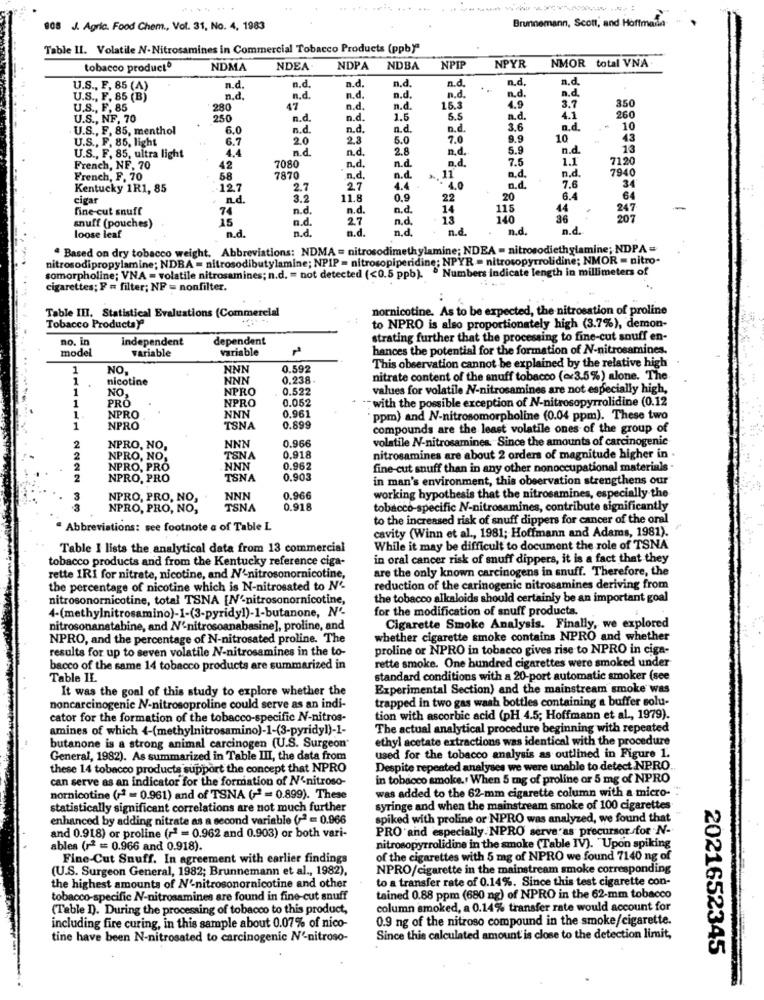
Brunnemann, Scott, and Hoffmanla
808 J. Agric. Food Chem ., Vol. 31, No. 4, 1983
Table II. Volatile N-Nitrosamines in Commercial Tobacco Products (ppby"
NMOR total VNA
tobacco producto
NDMA
NDEA
NDPA
NDBA
NPI
NPYR
a.d.
n.d.
n.d.
n.d.
a.d.
U.S ., F, 85 (A)
n.d.
n.d
n.d.
n.d.
U.S ., F. 85 (B)
n.d.
n.d.
n.d.
n.d.
n.d.
4.9
3.7
350
U.S ., F, 85
280
47
n.d.
n.d.
15.3
U.S ., NF. 70
250
n.d.
n.d.
1.5
5.5
n.d.
4.1
260
U.S ., F. 85, menthol
6.0
n.d.
n.d.
n.d.
n.d.
3.6
n.d.
10
U.S ., F. 85, light
6.7
2.0
2.8
5.0
7.0
9.9
10
43
4.4
n.d.
n.d.
2.8
n.d.
5.9
n.d.
13
U.S ., F. 85, ultra light
n.d.
7.5
1.1
7120
French, NF, 70
42
7080
n.d.
n.d.
7940
French, F, 70
58
7870
n.d
n.d.
11
n.d.
n.d.
Kentucky 1R1, 85
127
2.7
27
4.4
4.0
n.d
7.6
34
cigar
n.d.
3.2
11.8
0.9
22
20
6.4
64
fine cut snuff
74
n.d.
n.d.
n.d.
14
115
44
247
15
n.d.
2.7
n.d.
13
140
36
207
snuff (pouches)
n.d.
n.d.
n.d
n.d.
n.d.
n.d.
loose leaf
a.d.
" Based on dry tobacco weight. Abbreviations: NDMA = nitrosodimethylamine; NDEA = nitrosodiethylamine; NDPA =
nitrosodipropylamine; NDBA = nitrosodibutylamine; NPIP = nitrosopiperidine; NPYR = nitrosopyrrolidine; NMOR = nitro-
somorpholine; VNA = volatile nitrosamines; n.d. = not detected (<0.5 ppb). . Numbers indicate length in millimeters of
cigarettes; P = filter; NF = nonfilter.
nornicotine. As to be expected, the nitrosation of proline
Table III. Statistical Evaluations (Commercial
Tobacco Productsy
to NPRO is also proportionately high (3.7%), demon-
no. in
independent
dependent
strating further that the processing to fine-cut snuff en-
model
variable
Variable
hances the potential for the formation of N-nitrosamines.
This observation cannot be explained by the relative high
1
NO.
NNN
0.592
1
nicotine
NNN
0.238.
nitrate content of the snuff tobacco (~3.5%) alone. The
1
NO.
NPRO
0.522
values for volatile N-nitrosamines are not especially high,
PRO
NPRO
0.052
.- with the possible exception of N-nitrosopyrrolidine (0.12
1
NPRO
NNN
0.961
ppm) and N-nitrosomorpholine (0.04 ppm). These two
1
NPRO
TSNA
0.899
compounds are the least volatile ones of the group of
0.966
volatile N-nitrosamines. Since the amounts of carcinogenic
NPRO, NO,
NNN
NPRO, NO,
TSNA
0.918
nitrosamines are about 2 orders of magnitude higher in .
2
NPRO, PRO
NNN
0.962
fine-cut snuff than in any other nonoccupational materials .
NPRO, PRO
TSNA
0.903
in man's environment, this observation strengthens our
NPRO, PRO, NO,
NNN
0.966
working hypothesis that the nitrosamines, especially the
3
NPRO, PRO, NO,
TSNA
0.918
tobacco-specific N-nitrosamines, contribute significantly
to the increased risk of snuff dippers for cancer of the oral
" Abbreviations: see footnote a of Table L
cavity (Winn et al ., 1981; Hoffmann and Adams, 1981).
Table I lists the analytical data from 13 commercial
While it may be difficult to document the role of TSNA
tobacco products and from the Kentucky reference ciga-
in oral cancer risk of snuff dippers, it is a fact that they
are the only known carcinogens in snuff. Therefore, the
rette 1RI for nitrate, nicotine, and N'-nitrosonornicotine,
the percentage of nicotine which is N-nitrosated to Nº.
reduction of the carinogenic nitrosamines deriving from
nitrosonornicotine, total TSNA [N'-nitrosonornicotine,
the tobacco alkaloids should certainly be an important goal
4-(methylnitrosamino)-1-(3-pyridy!)-1-butanone, Nº-
for the modification of snuff products.
nitrosonanatabine, and N'-nitrosoanabasine], proline, and
Cigarette Smoke Analysis. Finally, we explored
NPRO, and the percentage of N-nitrosated proline. The
whether cigarette smoke contains NPRO and whether
results for up to seven volatile N-nitrosamines in the to-
proline or NPRO in tobacco gives rise to NPRO in ciga-
rette smoke. One hundred cigarettes were smoked under
bacco of the same 14 tobacco products are summarized in
Table IL
standard conditions with a 20-port automatic smoker (see
It was the goal of this study to explore whether the
Experimental Section) and the mainstream smoke was
trapped in two gas wash bottles containing a buffer solu-
noncarcinogenic N-nitrosoproline could serve as an indi-
cator for the formation of the tobacco-specific N-nitros-
tion with ascorbic acid (pH 4.5; Hoffmann et al ., 1979).
amines of which 4-(methylnitrosamino)-1-(3-pyridy!)-1-
The actual analytical procedure beginning with repeated
ethyl acetate extractions was identical with the procedure
butanone is a strong animal carcinogen (U.S. Surgeon"
General, 1982). As summarized in Table III, the data from
used for the tobacco analysis as outlined in Figure 1.
these 14 tobacco products support the concept that NPRO
Despite repeated analyses we were unable to detect NPRO ..
can serve as an indicator for the formation of N'-nitroso-
in tobacco smoke. When 5 mg of proline or 5 mg of NPRO
was added to the 62-mm cigarette column with a micro-
nornicotine (12 = 0.961) and of TSNA (+2 = 0.899). These
statistically significant correlations are not much further
syringe and when the mainstream smoke of 100 cigarettes
enhanced by adding nitrate as a second variable (2 = 0.966
spiked with proline or NPRO was analyzed, we found that
PRO and especially NPRO serve'as precursor for N-
and 0.918) or proline (+2 = 0.962 and 0.903) or both vari-
ables (12 == 0.966 and 0.918).
nitrosopyrrolidine in the smoke (Table IV). "Upon spiking
Fine-Cut Snuff. In agreement with earlier findings
of the cigarettes with 5 mg of NPRO we found 7140 ng of
(U.S. Surgeon General, 1982; Brunnemann et al ., 1982),
NPRO/cigarette in the mainstream smoke corresponding
to a transfer rate of 0.14%. Since this test cigarette con-
the highest amounts of N'-nitrosonornicotine and other
tobacco-specific N-nitrosamines are found in fine-cut snuff
tained 0.88 ppm (680 ng) of NPRO in the 62-mm tobacco
(Table D). During the processing of tobacco to this product,
column smoked, a 0.14% transfer rate would account for
0.9 ng of the nitroso compound in the smoke/cigarette.
including fire curing, in this sample about 0.07% of nico-
tine have been N-nitrosated to carcinogenic N'-nitroso-
Since this calculated amount is close to the detection limit,
2021652345